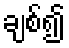
ချစ်၍